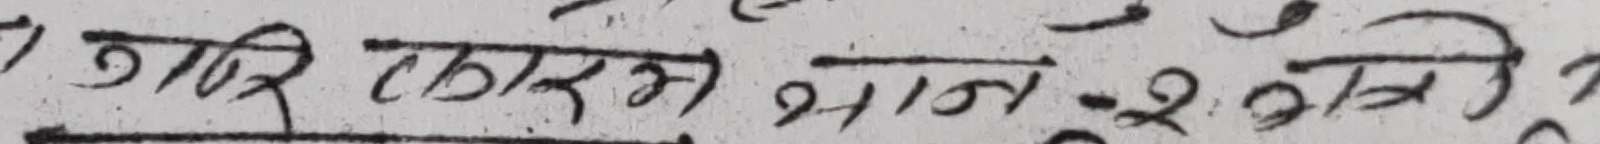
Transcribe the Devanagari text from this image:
तर कारण भान २ अनि ?